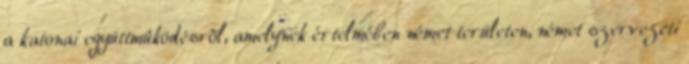
a katonai együttmûködésrõl, amelynek értelmében német területen, német szervezeti